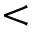
<